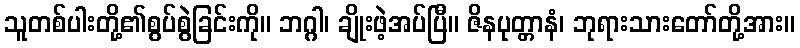
သူတစ်ပါးတို့၏စွပ်စွဲခြင်းကို။ ဘဂ္ဂါ၊ ချိုးဖဲ့အပ်ပြီ။ ဇိနပုတ္တာနံ၊ ဘုရားသားတော်တို့အား။